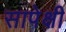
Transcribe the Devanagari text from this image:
सापेक्षी